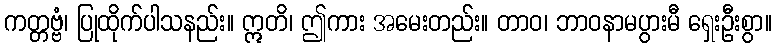
ကတ္တဗ္ဗံ၊ ပြုထိုက်ပါသနည်း။ ဣတိ၊ ဤကား အမေးတည်း။ တာဝ၊ ဘာဝနာမပွားမီ ရှေးဦးစွာ။